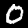
Digit: 0